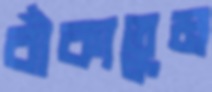
বাঁকাতুম